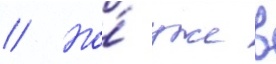
// Но́ уже в